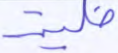
خلية